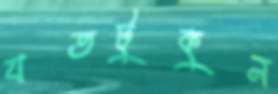
যতটুকুন